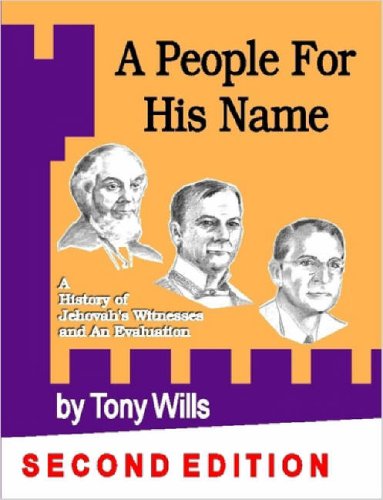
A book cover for A People for His Name: A History of Jehovah's Witnesses and an Evaluation; Tony Wills; Christian Books & Bibles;